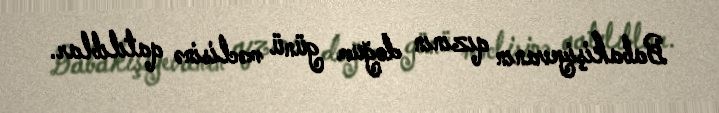
Babakişiyevanın qızının doğum günü məclisinə qatılıblar.